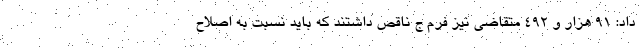
داد: ۹۱ هزار و ۴۹۲ متقاضی نیز فرم ج ناقص داشتند که باید نسبت به اصلاح